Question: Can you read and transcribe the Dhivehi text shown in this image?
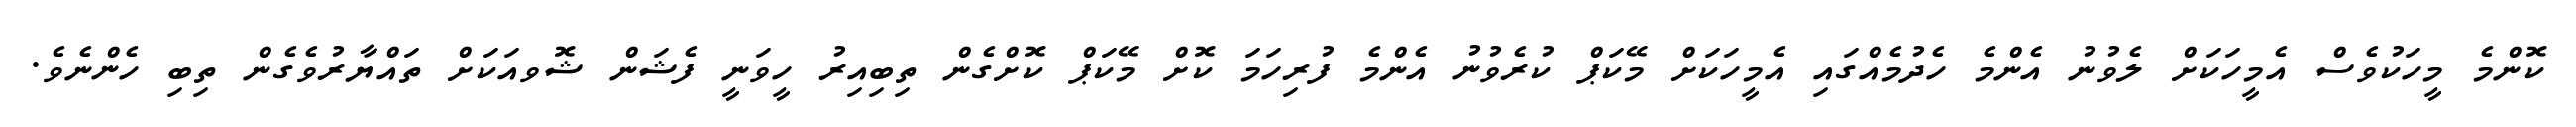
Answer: ކޮންމެ މީހަކުވެސް އެމީހަކަށް ލެވުނު އެންމެ ހެދުމެއްގައި އެމީހަކަށް މޭކަޕް ކުރެވުނު އެންމެ ފުރިހަމަ ކޮށް މޭކަޕް ކޮށްގެން ތިބިއިރު ހީވަނީ ފެޝަން ޝޮވއަކަށް ތައްޔާރުވެގެން ތިބި ހެންނެވެ.